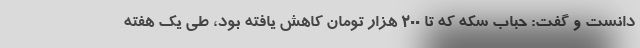
دانست و گفت: حباب سکه که تا ۲۰۰ هزار تومان کاهش یافته بود، طی یک هفته